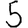
Digit: 5